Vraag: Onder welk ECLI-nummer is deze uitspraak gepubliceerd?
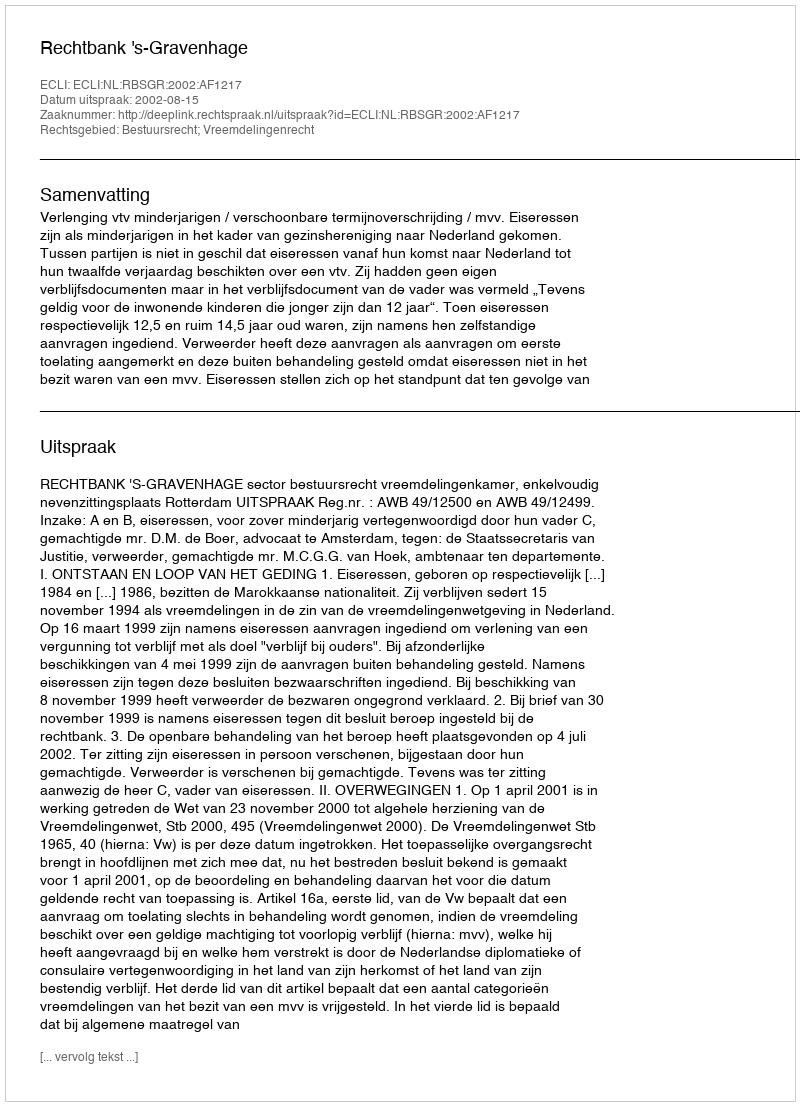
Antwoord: ECLI:NL:RBSGR:2002:AF1217